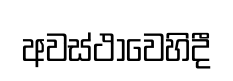
අවස්ථාවෙහිදී